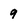
Character: 9